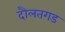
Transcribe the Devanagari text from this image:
दौलतगड